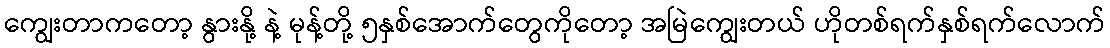
ကျွေးတာကတော့ နွားနို့ နဲ့ မုန့်တို့ ၅နှစ်အောက်တွေကိုတော့ အမြဲကျွေးတယ် ဟိုတစ်ရက်နှစ်ရက်လောက်